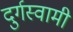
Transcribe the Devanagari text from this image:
दुर्गस्वामी